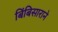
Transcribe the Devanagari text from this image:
बिंबिसाराने